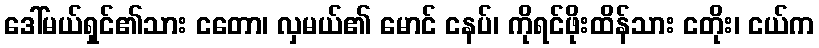
ဒေါ်မယ်ရှင်၏သား ငတော၊ လှမယ်၏ မောင် ငနပ်၊ ကိုရင်ဖိုးထိန်သား ငတိုး၊ ငယ်က